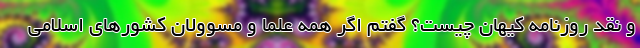
و نقد روزنامه کیهان چیست؟ گفتم اگر همه علما و مسوولان کشورهای اسلامی